Vaccination in the Punjab 1867-1880 - 1867-1880
Year: 1867
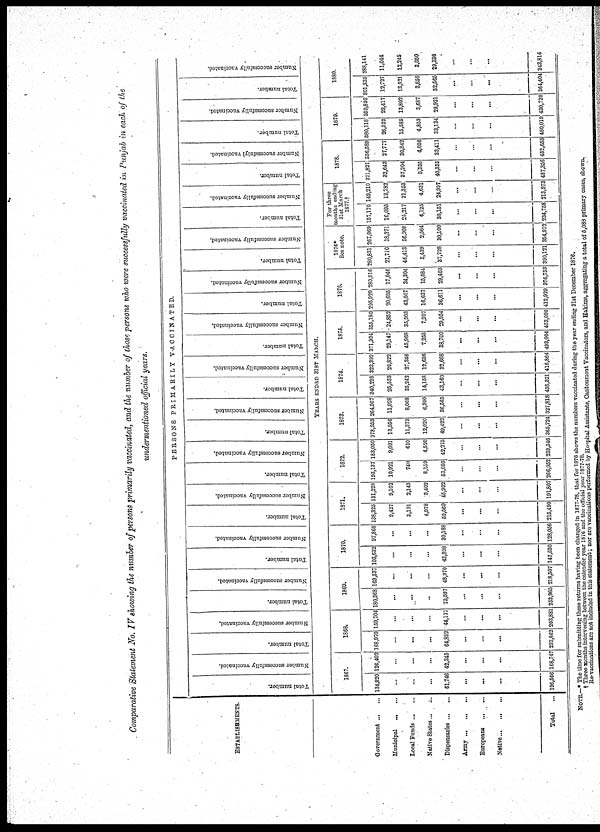
Comparative Statement No. IV showing the number of persons primarily vaccinated, and the number of those persons who were successfully vaccinated in Punjab in each of the
undermentioned official years.
ESTABLISHMENTS.
Government ... ...
Municipal
...
...
Local Funds ... ...
Native States ... ...
Dispensaries ... ...
Army
...
...
...
Europeans
...
...
Native
...
...
...
Total
...
PERSONS PRIMARILY
VACCINATED.
Total number.
Number successfully vaccinated.
Total number.
Number successfully vaccinated.
Total number.
Number successfully vaccinated.
Total number.
Number successfully vaccinated.
Total number.
Number successfully vaccinated.
Total number.
Number successfully vaccinated.
Total number.
Number successfully vaccinated.
Total number.
Number successfully vaccinated.
Total number.
Number successfully vaccinated.
Total number.
Number successfully vaccinated.
Total number.
Number successfully vaccinated.
Total number.
Number successfully vaccinated.
Total number.
Number successfully vaccinated.
Total number.
Number successfully vaccinated.
Total number.
Number successfully vaccinated.
YEARS ENDED 31ST MARCH.
1867.
134,820
...
...
...
61,748
...
...
...
196,566
126,402
...
...
...
42,345
...
...
...
168,747
1868.
168,970
...
...
...
64,892
...
...
...
233,862
159,704
...
...
...
44,177
...
...
...
203,862
1869.
180,368
...
...
...
73,597
...
...
...
253,965
169,537
...
...
...
48,970
...
...
...
218,507
1870.
103,632
...
...
...
43,898
...
...
...
147,530
97,868
...
...
...
30,188
...
...
...
128,056
1871.
138,325
9,427
3,191
4,978
59,569
...
...
...
215,490
131,228
9,102
2,143
3,402
45,932
...
...
...
191,807
1872.
193,137
10,921
740
8,159
53,095
...
...
...
266,052
183,050
9,091
610
4,520
42,275
...
...
...
239,546
1873.
278,953
13,956
11,373
12,020
49,422
...
...
...
365,724
264,957
11,928
8,068
6,300
36,565
...
...
...
327,818
1874.
340,228
25,533
35,242
14,158
43,160
...
...
...
458,321
323,392
20,822
27,346
12,636
32,668
...
...
...
416,864
1875.
371,934
29,147
45,968
7,255
38,700
...
...
...
493,004
355,180
24,852
35,903
7,207
29,954
...
...
...
453,096
1876.
295,929
20,695
43,057
16,637
36,611
...
...
...
412,929
280,916
17,046
34,304
15,084
29,403
...
...
...
376,753
1876
See note.
280,831
21,710
46,413
3,439
37,728
...
...
...
390,121
267,069
18,271
36,908
2,564
80,100
...
...
...
354,912
For three
months ending
31st March
1877.†
157,170
16,095
25,217
6,125
30,151
...
...
...
234,758
149,210
13,782
21,353
4,631
24,997
...
...
...
213,973
1878.
371,821
32,643
37,204
5,335
40,353
...
...
...
487,356
356,589
27,777
30,842
4,036
33,411
...
...
...
462,655
1879.
380,118
26,323
15,585
4,859
33,134
...
...
...
460,019
359,893
23,417
13,802
3,687
29,921
...
...
...
430,720
1880.
301,835
12,727
13,621
3,656
32,565
...
...
...
364,404
288,141
11,044
12,245
3,050
29,336
...
...
...
343,816
NOTE.—* The time for submitting these returns having been changed in 1877-78, that for 1876 shows the numbers vaccinated during the year ending 31st December 1878.
† Three months intervening between the calender year 1876 and the official year 1877-78.
Re-vaccinations arc not included in this statement; nor are vaccinations performed by Hospital Assistants, Cantonment Vaccinators, and Hakims, aggregating a total of 5,088 primary cases, shown.